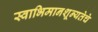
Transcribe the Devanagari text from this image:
स्वाभिमानशून्यतेचे